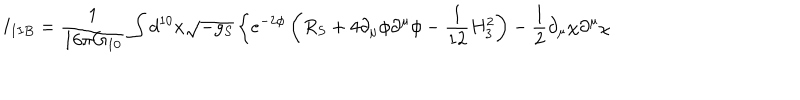
I _ { I I B } = { \frac { 1 } { 1 6 \pi G _ { 1 0 } } } \int d ^ { 1 0 } x \sqrt { - g _ { S } } \left\{ e ^ { - 2 \phi } \left( R _ { S } + 4 \partial _ { \mu } \phi \partial ^ { \mu } \phi - { \frac { 1 } { 1 2 } } H _ { 3 } ^ { 2 } \right) - { \frac { 1 } { 2 } } \partial _ { \mu } \chi \partial ^ { \mu } \chi \right.